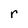
Character: r